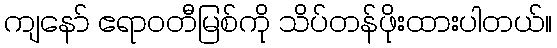
ကျနော် ဧရာဝတီမြစ်ကို သိပ်တန်ဖိုးထားပါတယ်။